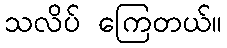
သလိပ် ကြေတယ်။